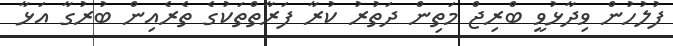
ފުލުހުން ވިދާޅުވީ ބްރިޖް މަތިން ދަތުރު ކުރާ ފަރާތްތަކުގެ ތެރެއިން ބުރުގާ އަޅާ